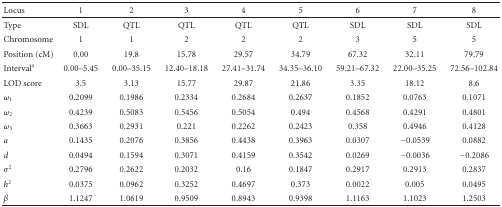
<table><thead><tr><td><b>Locus</b></td><td><b>1</b></td><td><b>2</b></td><td><b>3</b></td><td><b>4</b></td><td><b>5</b></td><td><b>6</b></td><td><b>7</b></td><td><b>8</b></td></tr></thead><tbody><tr><td>Type</td><td>SDL</td><td>QTL</td><td>QTL</td><td>QTL</td><td>QTL</td><td>SDL</td><td>SDL</td><td>SDL</td></tr><tr><td>Chromosome</td><td>1</td><td>1</td><td>2</td><td>2</td><td>2</td><td>3</td><td>5</td><td>5</td></tr><tr><td>Position (cM)</td><td>0.00</td><td>19.8</td><td>15.78</td><td>29.57</td><td>34.79</td><td>67.32</td><td>32.11</td><td>79.79</td></tr><tr><td>Interval<sup>a</sup></td><td>0.00–5.45</td><td>0.00–35.15</td><td>12.40–18.18</td><td>27.41–31.74</td><td>34.35–36.10</td><td>59.21–67.32</td><td>22.00–35.25</td><td>72.56–102.84</td></tr><tr><td>LOD score</td><td>3.5</td><td>3.13</td><td>15.77</td><td>29.87</td><td>21.86</td><td>3.35</td><td>18.12</td><td>8.6</td></tr><tr><td><i>ω</i><sub>1</sub></td><td>0.2099</td><td>0.1986</td><td>0.2334</td><td>0.2684</td><td>0.2637</td><td>0.1852</td><td>0.0763</td><td>0.1071</td></tr><tr><td><i>ω</i><sub>2</sub></td><td>0.4239</td><td>0.5083</td><td>0.5456</td><td>0.5054</td><td>0.494</td><td>0.4568</td><td>0.4291</td><td>0.4801</td></tr><tr><td><i>ω</i><sub>3</sub></td><td>0.3663</td><td>0.2931</td><td>0.221</td><td>0.2262</td><td>0.2423</td><td>0.358</td><td>0.4946</td><td>0.4128</td></tr><tr><td><i>a</i></td><td>0.1435</td><td>0.2076</td><td>0.3856</td><td>0.4438</td><td>0.3963</td><td>0.0307</td><td>−0.0539</td><td>0.0882</td></tr><tr><td><i>d</i></td><td>0.0494</td><td>0.1594</td><td>0.3071</td><td>0.4159</td><td>0.3542</td><td>0.0269</td><td>−0.0036</td><td>−0.2086</td></tr><tr><td><i>σ</i><sup>2</sup></td><td>0.2796</td><td>0.2622</td><td>0.2032</td><td>0.16</td><td>0.1847</td><td>0.2917</td><td>0.2913</td><td>0.2837</td></tr><tr><td><i>h</i><sup>2</sup></td><td>0.0375</td><td>0.0962</td><td>0.3252</td><td>0.4697</td><td>0.373</td><td>0.0022</td><td>0.005</td><td>0.0495</td></tr><tr><td><i>β</i></td><td>1.1247</td><td>1.0619</td><td>0.9509</td><td>0.8943</td><td>0.9398</td><td>1.1163</td><td>1.1023</td><td>1.2503</td></tr></tbody></table>